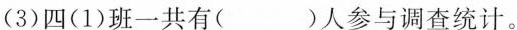
(3)四(1)班一共有()人参与调查统计。